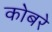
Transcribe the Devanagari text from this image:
कोबरे